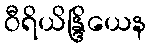
ဝီရိယိန္ဒြိယေန